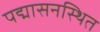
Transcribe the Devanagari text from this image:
पद्मासनस्थित